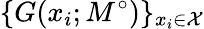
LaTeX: \{ G(x_{i};M^{\circ})\} _{x_{i}\in\mathcal{X}}